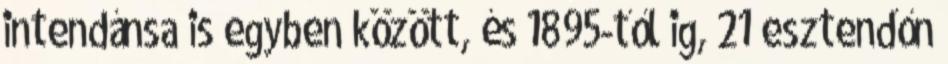
intendánsa is egyben között, és 1895-től ig, 21 esztendőn